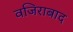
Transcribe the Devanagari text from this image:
वजिराबाद